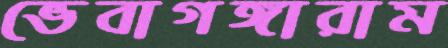
ভেবাগঙ্গারাম